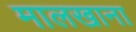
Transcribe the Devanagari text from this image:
मालखाना